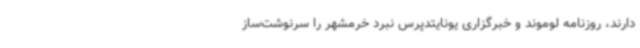
دارند، روزنامه لوموند و خبرگزاری یونایتدپرس نبرد خرمشهر را سرنوشت‌ساز